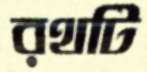
রথটি